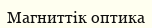
Магниттік оптика